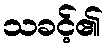
သခင့်၏